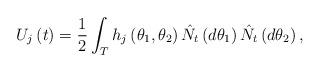
LaTeX: \begin{align*}U_{j}\left( t\right) =\frac{1}{2}\int_{T} h_{j} \left( \theta _{1},\theta_{2}\right) \hat{N_{t}}\left( d\theta _{1}\right) \hat{N_{t}}\left( d\theta _{2}\right),\end{align*}